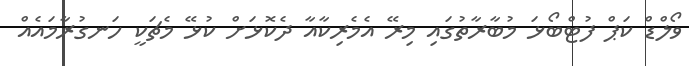
ވޯލްޑް ކަޕް ފުޓްބޯޅަ މުބާރާތުގައި މިރޭ އެމެރިކާއާ ދެކޮޅަށް ކުޅޭ މެޗަކީ ހަނގުރާމައެއް